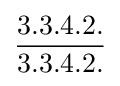
{\frac {3.3.4.2.}{3.3.4.2.}}